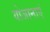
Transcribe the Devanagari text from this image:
योजानाएं